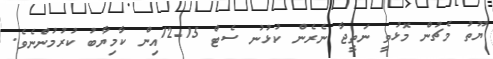
ޔޫތު މެޗުން މޮޅުވީ ނަތީޖާ ނެރެން ކުޅުނު ސެޓް 15-12އިން ކާމިޔާބު ކުރުމުންނެވެ.